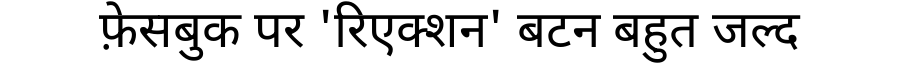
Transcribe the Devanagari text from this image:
फ़ेसबुक पर 'रिएक्शन' बटन बहुत जल्द